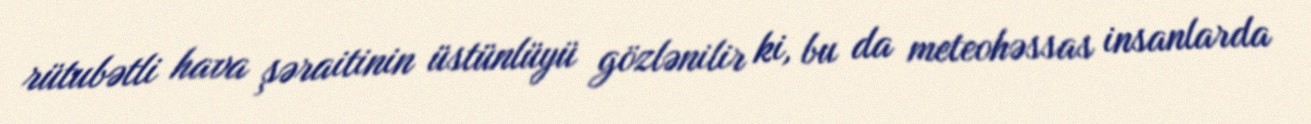
rütubətli hava şəraitinin üstünlüyü gözlənilir ki, bu da meteohəssas insanlarda